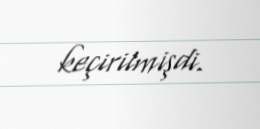
keçirilmişdi.